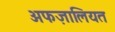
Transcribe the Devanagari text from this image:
अफज़ालियत